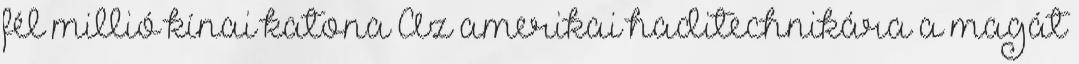
fél millió kínai katona Az amerikai haditechnikára a magát